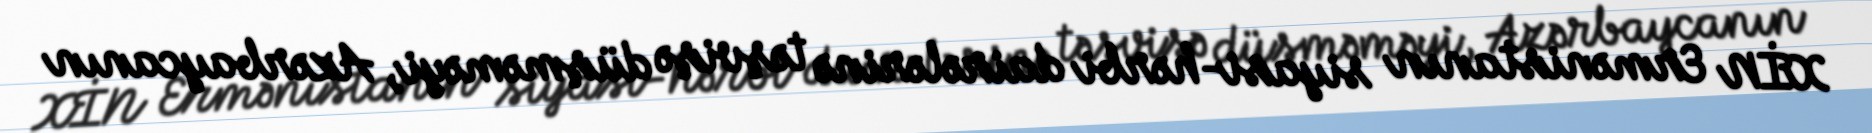
XİN Ermənistanın siyasi-hərbi dairələrinə təşvişə düşməməyi, Azərbaycanın